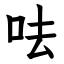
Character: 呿